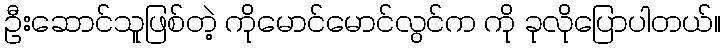
ဦးဆောင်သူဖြစ်တဲ့ ကိုမောင်မောင်လွင်က ကို ခုလိုပြောပါတယ်။